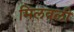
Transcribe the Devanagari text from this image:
मिलवली